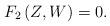
LaTeX: \begin{align*} F_{2}\left(Z,W\right)=0.\end{align*}